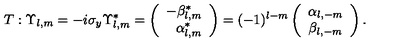
T : \Upsilon _ { l , m } = - i \sigma _ { y } \Upsilon _ { l , m } ^ { * } = \left( \begin{array} { r } { - \beta _ { l , m } ^ { * } } \\ { \alpha _ { l , m } ^ { * } } \\ \end{array} \right) = ( - 1 ) ^ { l - m } \left( \begin{array} { c } { \alpha _ { l , - m } } \\ { \beta _ { l , - m } } \\ \end{array} \right) .